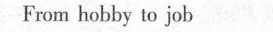
From hobby to job